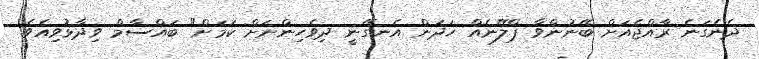
ދެނެގަނެ ރާއްޖެއަށް ބޭނުންވާ ޕްލޭނެއް ހަދަން އެނގޭނީ ދިވެހިންނަށް ކަމަށް" ބައްސާމް ވިދާޅުވިއެވެ.